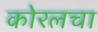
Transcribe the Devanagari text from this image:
कोरलचा